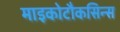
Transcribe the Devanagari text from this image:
माइकोटौकसिन्स